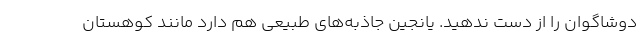
دوشاگوان را از دست ندهید. یانجین جاذبه‌های طبیعی هم دارد مانند کوهستان